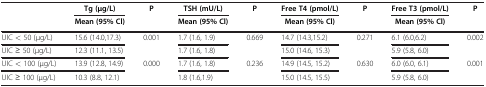
<table><thead><tr><td rowspan="2"><b> </b></td><td><b>Tg (μg/L)</b></td><td><b>P</b></td><td><b>TSH (mU/L)</b></td><td><b>P</b></td><td><b>Free T4 (pmol/L)</b></td><td><b>P</b></td><td><b>Free T3 (pmol/L)</b></td><td><b>P</b></td></tr><tr><td><b>Mean (95% Cl)</b></td><td><b> </b></td><td><b>Mean (95% Cl)</b></td><td><b> </b></td><td><b>Mean (95% Cl)</b></td><td><b> </b></td><td><b>Mean (95% Cl)</b></td><td><b> </b></td></tr></thead><tbody><tr><td>UIC &lt; 50 (μg/L)</td><td>15.6 (14.0,17.3)</td><td>0.001</td><td>1.7 (1.6, 1.9)</td><td>0.669</td><td>14.7 (14.3,15.2)</td><td>0.271</td><td>6.1 (6.0,6.2)</td><td>0.002</td></tr><tr><td>UIC ≥ 50 (μg/L)</td><td>12.3 (11.1, 13.5)</td><td> </td><td>1.7 (1.6, 1.8)</td><td> </td><td>15.0 (14.6, 15.3)</td><td> </td><td>5.9 (5.8, 6.0)</td><td> </td></tr><tr><td>UIC &lt; 100 (μg/L)</td><td>13.9 (12.8, 14.9)</td><td>0.000</td><td>1.7 (1.6, 1.8)</td><td>0.236</td><td>14.9 (14.5, 15.2)</td><td>0.630</td><td>6.0 (6.0, 6.1)</td><td>0.001</td></tr><tr><td>UIC ≥ 100 (μg/L)</td><td>10.3 (8.8, 12.1)</td><td> </td><td>1.8 (1.6,1.9)</td><td> </td><td>15.0 (14.5, 15.5)</td><td> </td><td>5.9 (5.8, 6.0)</td><td> </td></tr></tbody></table>